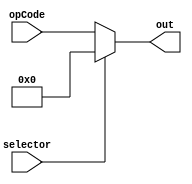
module cu_mux(
    input [4:0]opCode,
    input selector,
    output [4:0]out
);
assign out = selector == 0? opCode:5'b0;
endmodule